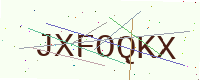
Text: JXFOQKX